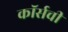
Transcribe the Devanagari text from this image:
कॉर्सची